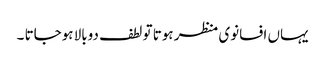
یہاں افسانوی منظر ہوتا تو لطف دوبالا ہوجاتا ۔